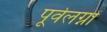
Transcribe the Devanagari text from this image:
पूर्वलग्नों